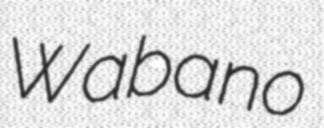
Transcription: Wabano